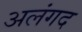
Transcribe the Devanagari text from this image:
अलंगद